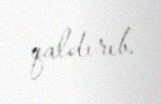
qaldırıb.